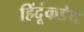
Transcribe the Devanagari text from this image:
हिंदूंकडेच